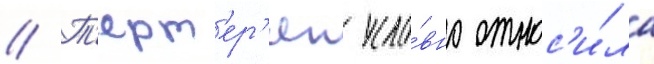
// Т'ерт'ер'ян усло́вно относ'и́ла